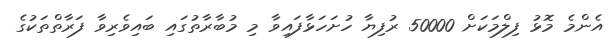
އެންމެ މޮޅު ފިލްމަކަށް 50000 ރުފިޔާ ހުށަހަޅާފައިވާ މި މުބާރާތުގައި ބައިވެރިވާ ފަރާތްތަކުގެ